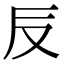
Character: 𠬡